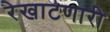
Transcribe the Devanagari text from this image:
रेखाटणारी